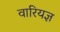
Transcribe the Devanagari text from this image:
वारियज्ञ